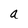
Character: a